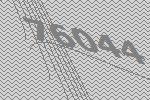
76044